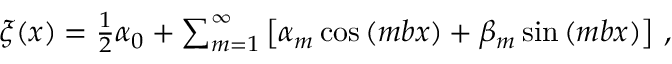
\begin{array} { r } { \xi ( x ) = \frac 1 2 \alpha _ { 0 } + \sum _ { m = 1 } ^ { \infty } \left[ \alpha _ { m } \cos { ( m b x ) } + \beta _ { m } \sin { ( m b x ) } \right] \, , } \end{array}